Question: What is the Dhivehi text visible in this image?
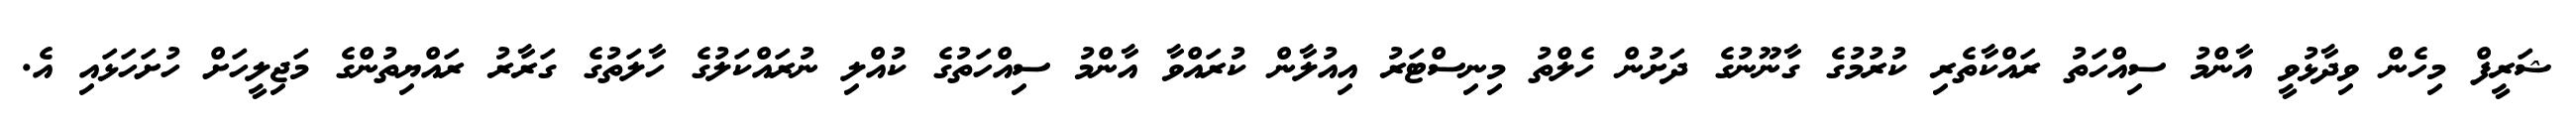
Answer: ޝަރީފް މިހެން ވިދާޅުވީ އާންމު ސިއްހަތު ރައްކާތެރި ކުރުމުގެ ގާނޫނުގެ ދަށުން ހެލްތު މިނިސްޓަރު އިއުލާން ކުރައްވާ އާންމު ސިއްހަތުގެ ކުއްލި ނުރައްކަލުގެ ހާލަތުގެ ގަރާރު ރައްޔިތުންގެ މަޖިލީހަށް ހުށަހަޅައި އެ.